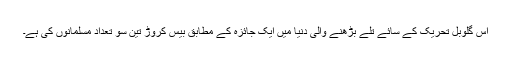
اس گلوبل تحریک کے سائے تلے بڑھنے والی دنیا میں ایک جائزہ کے مطابق بیس کروڑ تین سو تعداد مسلمانوں کی ہے۔